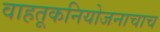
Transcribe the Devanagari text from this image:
वाहतूकनियोजनाचाच